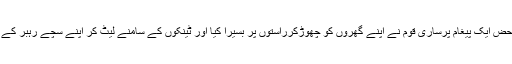
گذشتہ سال یعنی 2016جولائی میں جب فوج کے ایک حصہ نے بغاوت کی تواس قائد کے محض ایک پیغام پرساری قوم نے اپنے گھروں کو چھوڑکرراستوں پر بسیرا کیا اور ٹینکوں کے سامنے لیٹ کر اپنے سچے رہبر کے آواز پر لبیک کہا اور ساری دنیا نے دیکھا کہ اس شخص کی دلوں پر کس طرح حکومت ہے۔